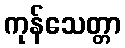
ကုန်သေတ္တာ